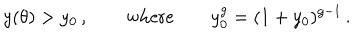
y ( \theta ) > y _ { 0 } \, , \qquad \mathrm { w h e r e } \qquad y _ { 0 } ^ { g } = ( 1 + y _ { 0 } ) ^ { g - 1 } \, .